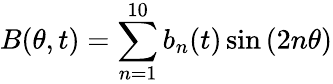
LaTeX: B(\theta,t)=\sum_{n=1}^{10}b_{n}(t)\sin{(2n\theta)}